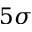
5 \sigma